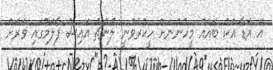
އެ އަޑާ އެކު ބައެއް މީހުންނަށް ހީކުރެވުނީ ލޯންޗު އައިސް ފާލަމުގައި ވަރަށް